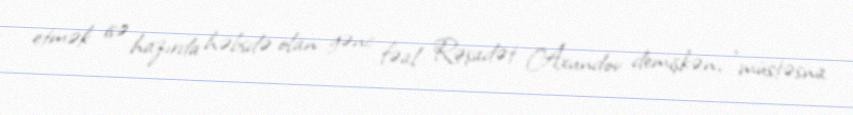
etmək isə hazırda həbsdə olan gənc fəal Rəşadət Axundov demişkən, "müstəsna